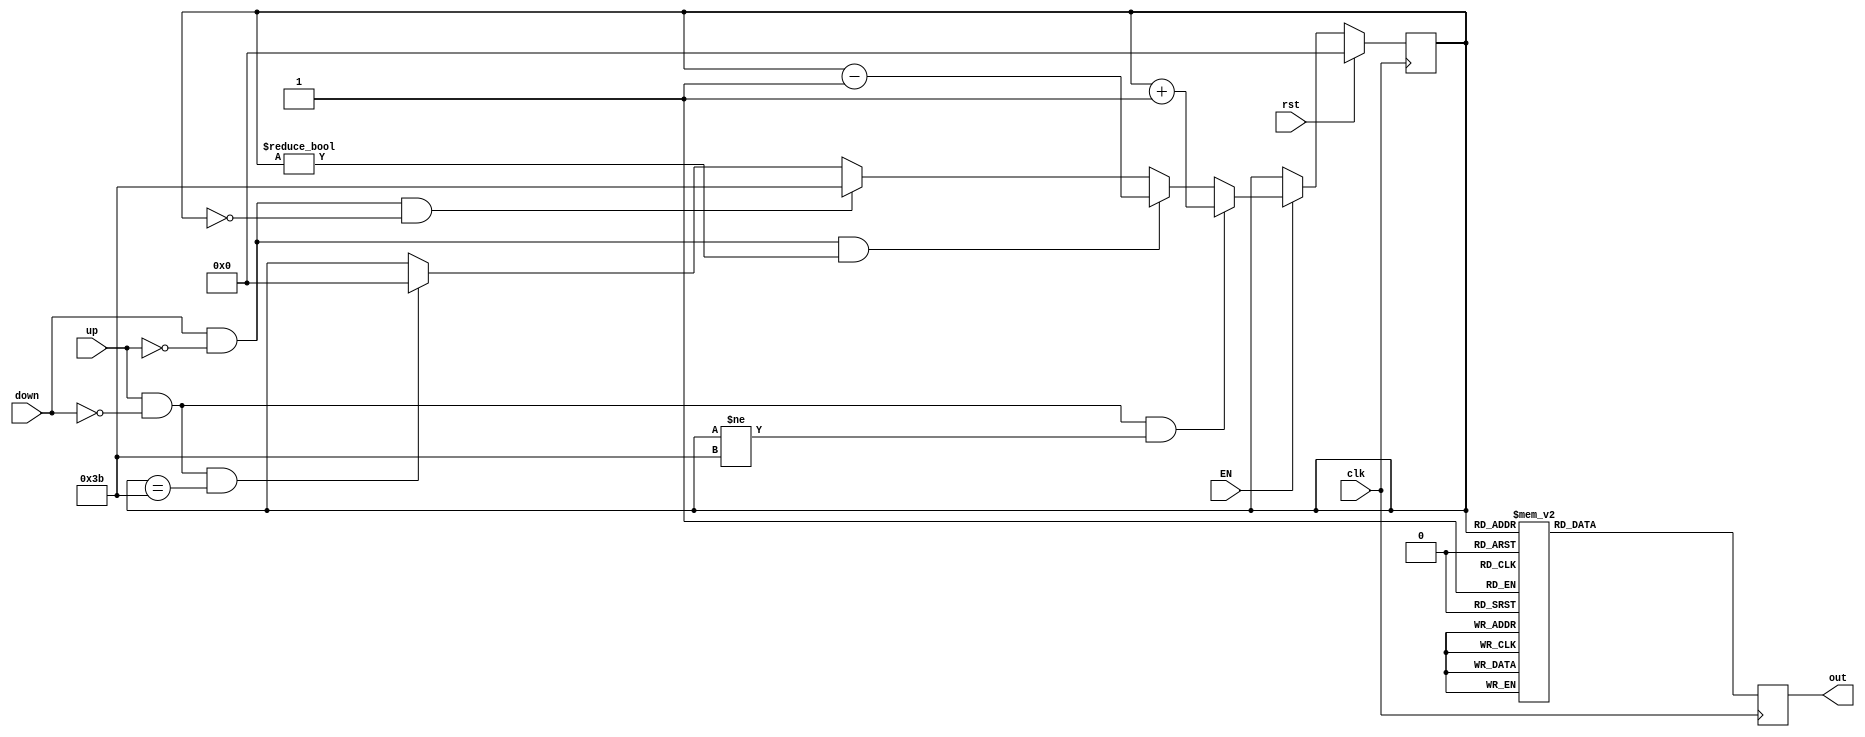
`timescale 1ns / 1ps
module Contador_0_7(
    input clk,
	 input EN,
    input up,
    input down,
    input rst,
    output reg [7:0] out
    );

reg [5:0] out1;

always@(posedge clk) begin

	if(rst)begin
		out1<=0; end
	else if(EN) begin
	if(up & down==0 & out1!=6'd59)begin
		out1<=out1+6'd1; end
	else if(down & up==0 & out1!=6'd0)begin
		out1<=out1-6'd1; end
	else if(down & up==0 & out1==6'd0)begin
		out1<=6'd59; end
	else if(up & down==0 & out1==6'd59)begin
		out1<=6'd0; end
	end
	out=0;
	case(out1) 
    6'd0 : begin out=8'b00000000; end //12 am
	 6'd1 : begin out=8'b00000001; end
	 6'd2 : begin out=8'b00000010; end
	 6'd3 : begin out=8'b00000011; end
	 6'd4 : begin out=8'b00000100; end
	 6'd5 : begin out=8'b00000101; end
	 6'd6 : begin out=8'b00000110; end
	 6'd7 : begin out=8'b00000111; end
	 6'd8 : begin out=8'b00001000; end
	 6'd9 : begin out=8'b00001001; end
	 6'd10 : begin out=8'b00010000; end
	 6'd11 : begin out=8'b00010001; end //11am
	 6'd12 : begin out=8'b00010010; end //12 pm
	 6'd13 : begin out=8'b00010011; end //01 pm
	 6'd14 : begin out=8'b00010100; end
	 6'd15 : begin out=8'b00010101; end
	 6'd16 : begin out=8'b00010110; end
	 6'd17 : begin out=8'b00010111; end
	 6'd18 : begin out=8'b00011000; end
	 6'd19 : begin out=8'b00011001; end
	 6'd20 : begin out=8'b00100000; end
	 6'd21 : begin out=8'b00100001; end
	 6'd22 : begin out=8'b00100010; end
	 6'd23 : begin out=8'b00100011; end
	 6'd24 : begin out=8'b00100100; end
	 6'd25 : begin out=8'b00100101; end //12 am
	 6'd26 : begin out=8'b00100110; end
	 6'd27 : begin out=8'b00100111; end
	 6'd28 : begin out=8'b00101000; end
	 6'd29 : begin out=8'b00101001; end
	 6'd30 : begin out=8'b00110000; end
	 6'd31 : begin out=8'b00110001; end
	 6'd32 : begin out=8'b00110010; end
	 6'd33 : begin out=8'b00110011; end
	 6'd34 : begin out=8'b00110100; end
	 6'd35 : begin out=8'b00110101; end
	 6'd36 : begin out=8'b00110110; end //11am
	 6'd37 : begin out=8'b00110111; end //12 pm
	 6'd38 : begin out=8'b00111000; end //01 pm
	 6'd39 : begin out=8'b00111001; end
	 6'd40 : begin out=8'b01000000; end
	 6'd41 : begin out=8'b01000001; end
	 6'd42 : begin out=8'b01000010; end
	 6'd43 : begin out=8'b01000011; end
	 6'd44 : begin out=8'b01000100; end
	 6'd45 : begin out=8'b01000101; end
	 6'd46 : begin out=8'b01000110; end
	 6'd47 : begin out=8'b01000111; end
	 6'd48 : begin out=8'b01001000; end
	 6'd49 : begin out=8'b01001001; end
	 6'd50 : begin out=8'b01010000; end //12 pm
	 6'd51 : begin out=8'b01010001; end //01 pm
	 6'd52 : begin out=8'b01010010; end
	 6'd53 : begin out=8'b01010011; end
	 6'd54 : begin out=8'b01010100; end
	 6'd55 : begin out=8'b01010101; end
	 6'd56 : begin out=8'b01010110; end
	 6'd57 : begin out=8'b01010111; end
	 6'd58 : begin out=8'b01011000; end
	 6'd59 : begin out=8'b01011001; end
	 6'd60 : begin out=8'b11111111; end
  endcase 
end

endmodule